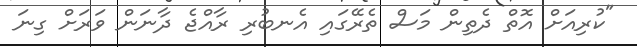
"ކުރިއަށް އޮތް ދެތިން މަސް ތެރޭގައި އެނބުރި ރާއްޖެ ދާނަން ވަރަށް ގިނަ